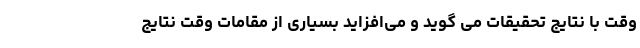
وقت با نتایج تحقیقات می گوید و می‌افزاید بسیاری از مقامات وقت نتایج